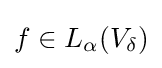
f\in L_{\alpha }(V_{\delta })